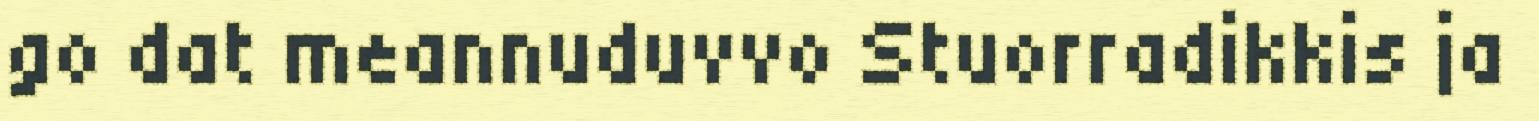
go dat meannuduvvo Stuorradikkis ja